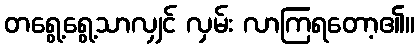
တရွေ့ရွေ့သာလျှင် လှမ်း လာကြရတော့၏။